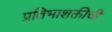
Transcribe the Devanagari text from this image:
प्रतिभाशक्तीची